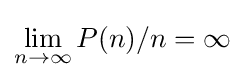
\lim _{n\rightarrow \infty }P(n)/n=\infty